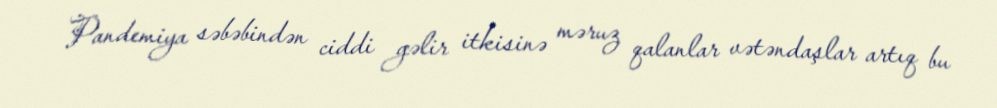
Pandemiya səbəbindən ciddi gəlir itkisinə məruz qalanlar vətəndaşlar artıq bu